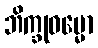
ဘိက္ခုဓမ္မော